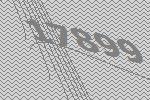
17899